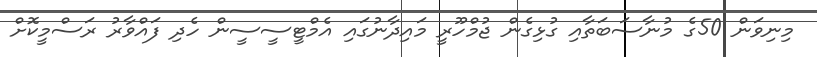
މިނިވަން 50ގެ މުނާސަބަތާއި ގުޅިގެން ޖުމްހޫރީ މައިދާނުގައި އެމްޓީސީސީން ހެދި ފައްވާރު ރަސްމީކޮށް